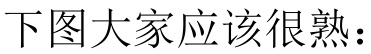
下图大家应该很熟：